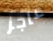
عاجز